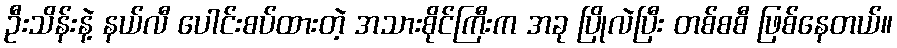
ဦးသိန်းနဲ့ နယ်လီ ပေါင်းစပ်ထားတဲ့ အသားစိုင်ကြီးက အခု ပြိုလဲပြီး တစ်စစီ ဖြစ်နေတယ်။